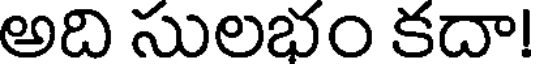
అది సులభం కదా!